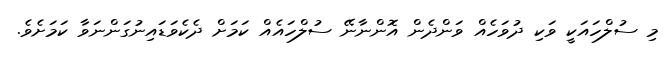
މި ސުލްހައަކީ ވަކި ދުވަހެއް ވަންދެން އޮންނާނޭ ސުލްހައެއް ކަމަށް ދެކެވަޑައިނުގަންނަވާ ކަމަށެވެ.